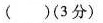
()(3分)